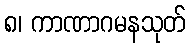
၈၊ ကာဏာဂမနသုတ်